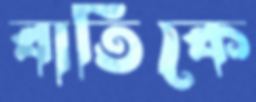
বাতিকে